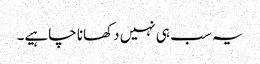
یہ سب ہی نہیں دکھانا چاہیے۔